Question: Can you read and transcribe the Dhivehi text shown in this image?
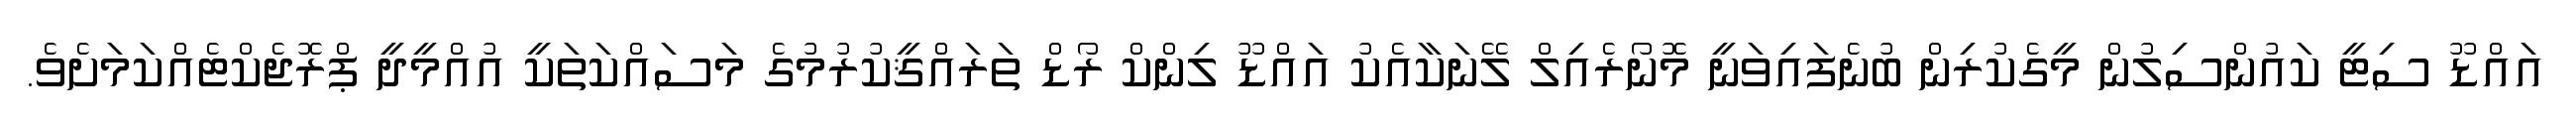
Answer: އައްޑޫ ސިޓީ ކައުންސިލުން މީގެކުރިން ބުނެފައިވަނީ މޮނޯރެއިލް ލޭނަކާއެކު އައްޑޫ ލިންކް ރޯޑް ތަރައްޤީކުރުމުގެ މަސައްކަތަކީ އުއްމީދީ ޕްރޮޖެކްޓެއްކަމަށެވެ.